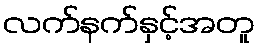
လက်နက်နှင့်အတူ